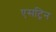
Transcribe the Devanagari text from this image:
एसट्रिन